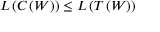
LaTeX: L \left( C \left( W \right) \right) \leq L \left( T \left( W \right) \right)